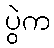
ပွဲက